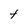
Character: t